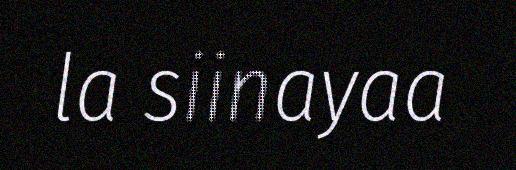
la siinayaa